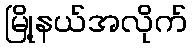
မြို့နယ်အလိုက်